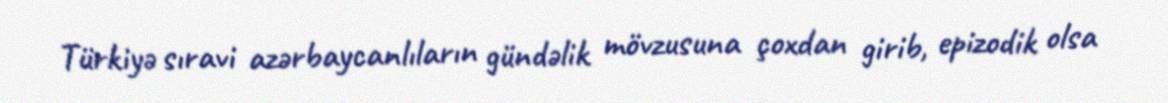
Türkiyə sıravi azərbaycanlıların gündəlik mövzusuna çoxdan girib, epizodik olsa